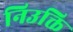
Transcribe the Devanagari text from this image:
निउक्ति